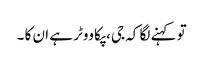
تو کہنے لگا کہ جی، پکا ووٹر ہے ان کا ۔